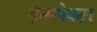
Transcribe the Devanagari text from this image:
ईन्सपेक्टर